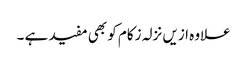
علاوہ ازیں نزلہ زکام کو بھی مفید ہے ۔